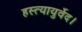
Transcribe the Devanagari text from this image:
हस्त्यायुर्वेद।